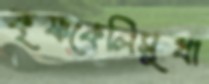
কৃষ্ণকেলিসুধা